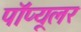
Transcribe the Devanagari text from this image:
पॉप्यूलर